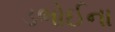
ડભોઈના